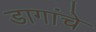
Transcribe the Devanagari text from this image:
डागांचे